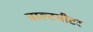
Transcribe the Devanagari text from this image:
वाल्टमीटर